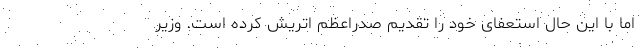
اما با این حال استعفای خود را تقدیم صدراعظم اتریش کرده است. وزیر